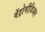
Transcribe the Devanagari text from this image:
वेंट्रोमीडिअल